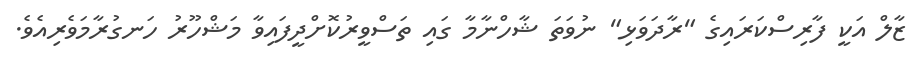
ޒާލް އަކީ ފާރިސްކަރައިގެ "ރާދަވަޅި" ނުވަތަ ޝާހްނާމާ ގައި ތަސްވީރުކޮށްދީފައިވާ މަޝްހޫރު ހަނގުރާމަވެރިއެވެ.